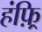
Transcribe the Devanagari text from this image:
हंफ़्रि